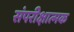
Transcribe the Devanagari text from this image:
संपरीक्षात्मक